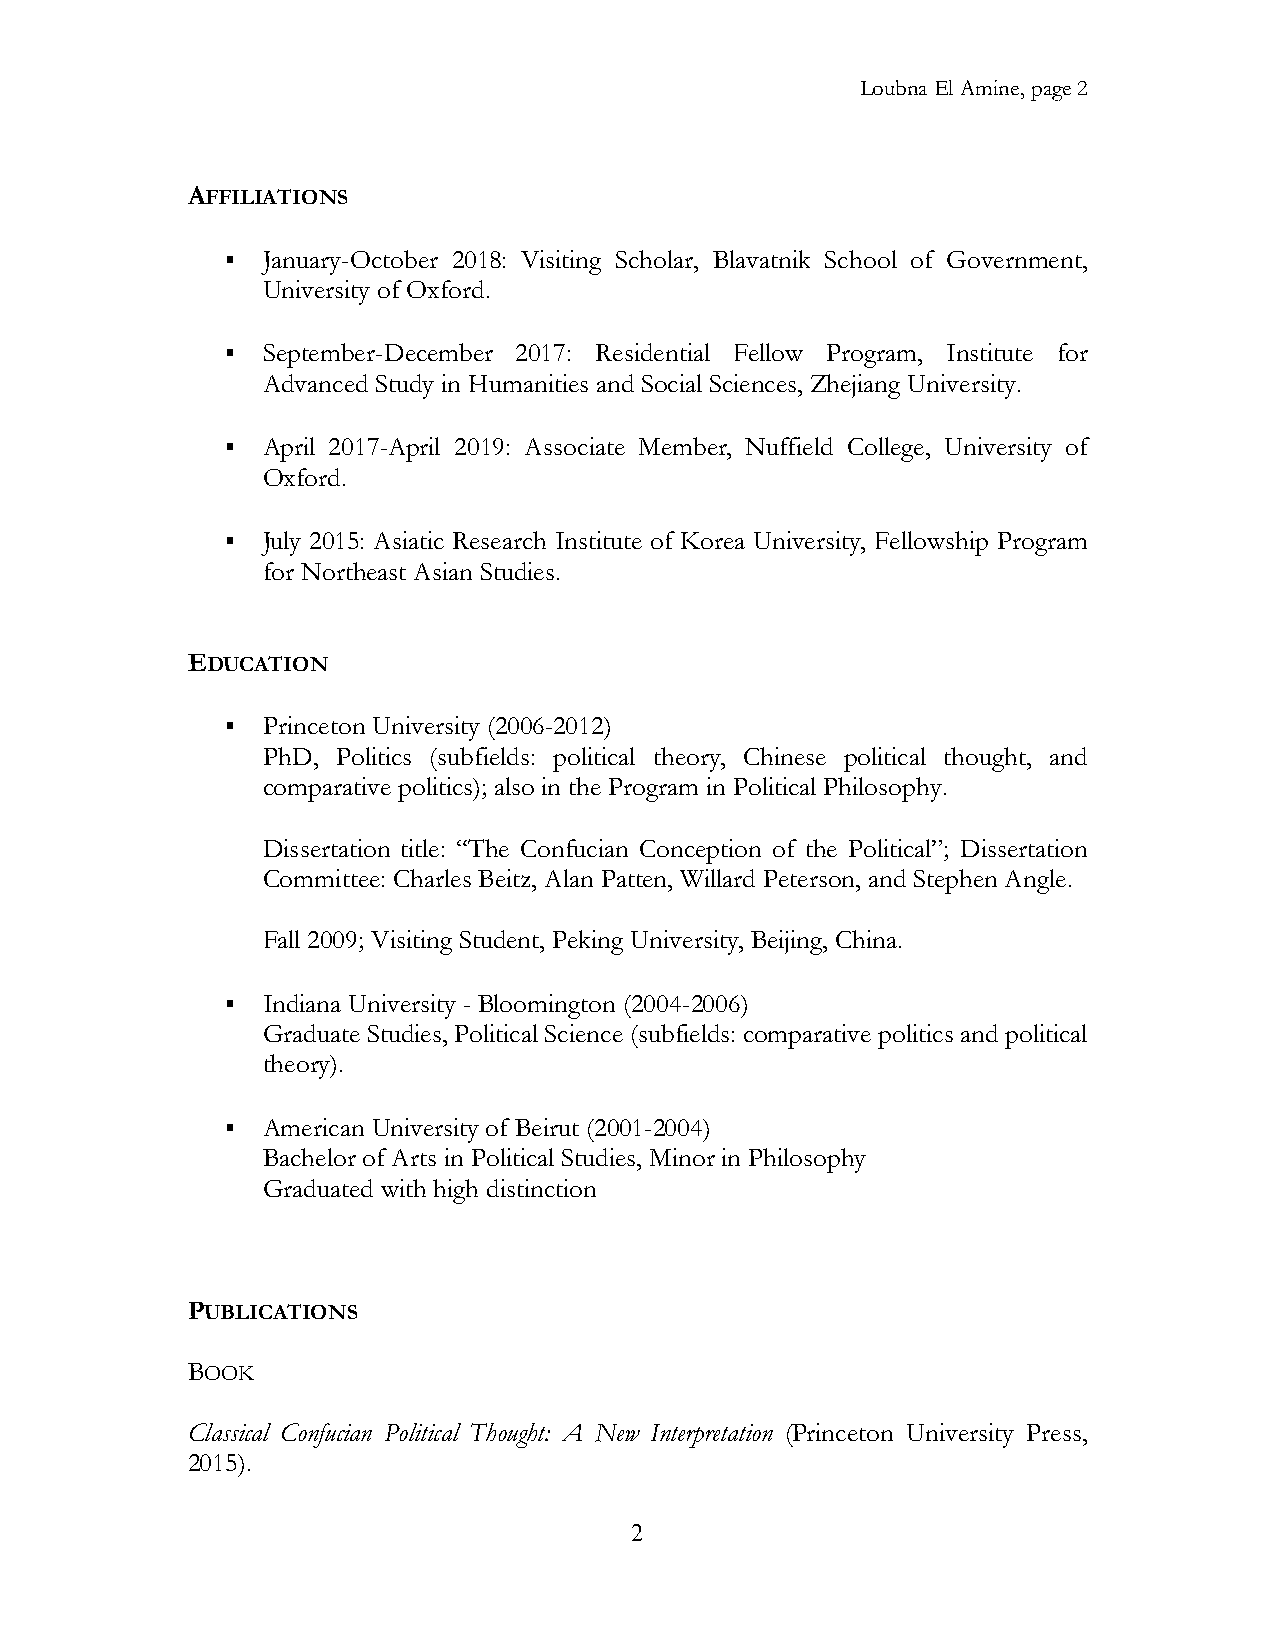
Loubna El Amine, page 2
 AFFILIATIONS
 ▪ January-October 2018: Visiting Scholar, Blavatnik School of Government,
 University of Oxford.
 ▪ September-December 2017: Residential Fellow Program, Institute for
 Advanced Study in Humanities and Social Sciences, Zhejiang University.
 ▪ April 2017-April 2019: Associate Member, Nuffield College, University of
 Oxford.
 ▪ July 2015: Asiatic Research Institute of Korea University, Fellowship Program
 for Northeast Asian Studies.
 EDUCATION
 ▪ Princeton University (2006-2012)
 PhD, Politics (subfields: political theory, Chinese political thought, and
 comparative politics); also in the Program in Political Philosophy.
 Dissertation title: “The Confucian Conception of the Political”; Dissertation
 Committee: Charles Beitz, Alan Patten, Willard Peterson, and Stephen Angle.
 Fall 2009; Visiting Student, Peking University, Beijing, China.
 ▪ Indiana University - Bloomington (2004-2006)
 Graduate Studies, Political Science (subfields: comparative politics and political
 theory).
 ▪ American University of Beirut (2001-2004)
 Bachelor of Arts in Political Studies, Minor in Philosophy
 Graduated with high distinction
 PUBLICATIONS
 BOOK
 Classical Confucian Political Thought: A New Interpretation (Princeton University Press,
 2015).
 2